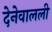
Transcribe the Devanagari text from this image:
देनेवालली